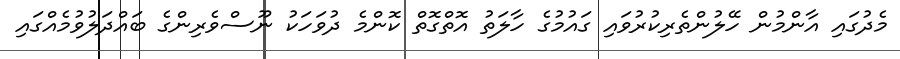
މެދުގައި އާންމުން ހޭލުންތެރިކުރުވައި ގައުމުގެ ހާލަތު އޮތްގޮތް ކޮންމެ ދުވަހަކު ނޫސްވެރިންގެ ބައްދަލުވުމެއްގައި